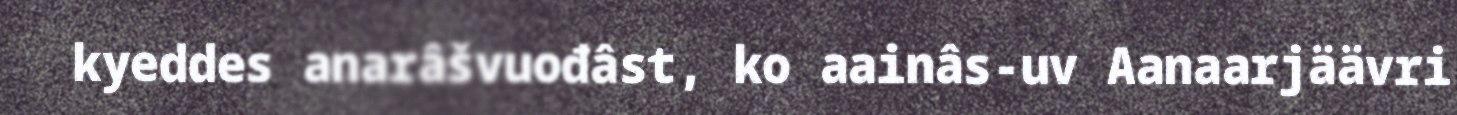
kyeddes anarâšvuođâst, ko aainâs-uv Aanaarjäävri